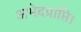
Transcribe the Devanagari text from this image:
अभेदप्राप्ति।